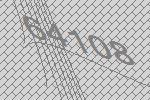
64108